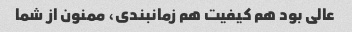
عالی بود هم کیفیت هم زمانبندی، ممنون از شما